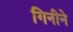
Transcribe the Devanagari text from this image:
गिनीने